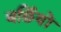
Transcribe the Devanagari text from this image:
बर्छियों